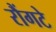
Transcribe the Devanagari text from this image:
रौंगटे